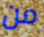
من